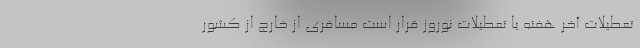
تعطیلات آخر هفته یا تعطیلات نوروز قرار است مسافری از خارج از کشور